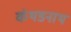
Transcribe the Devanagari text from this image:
कंथडनाथ